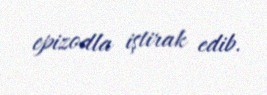
epizodla iştirak edib.